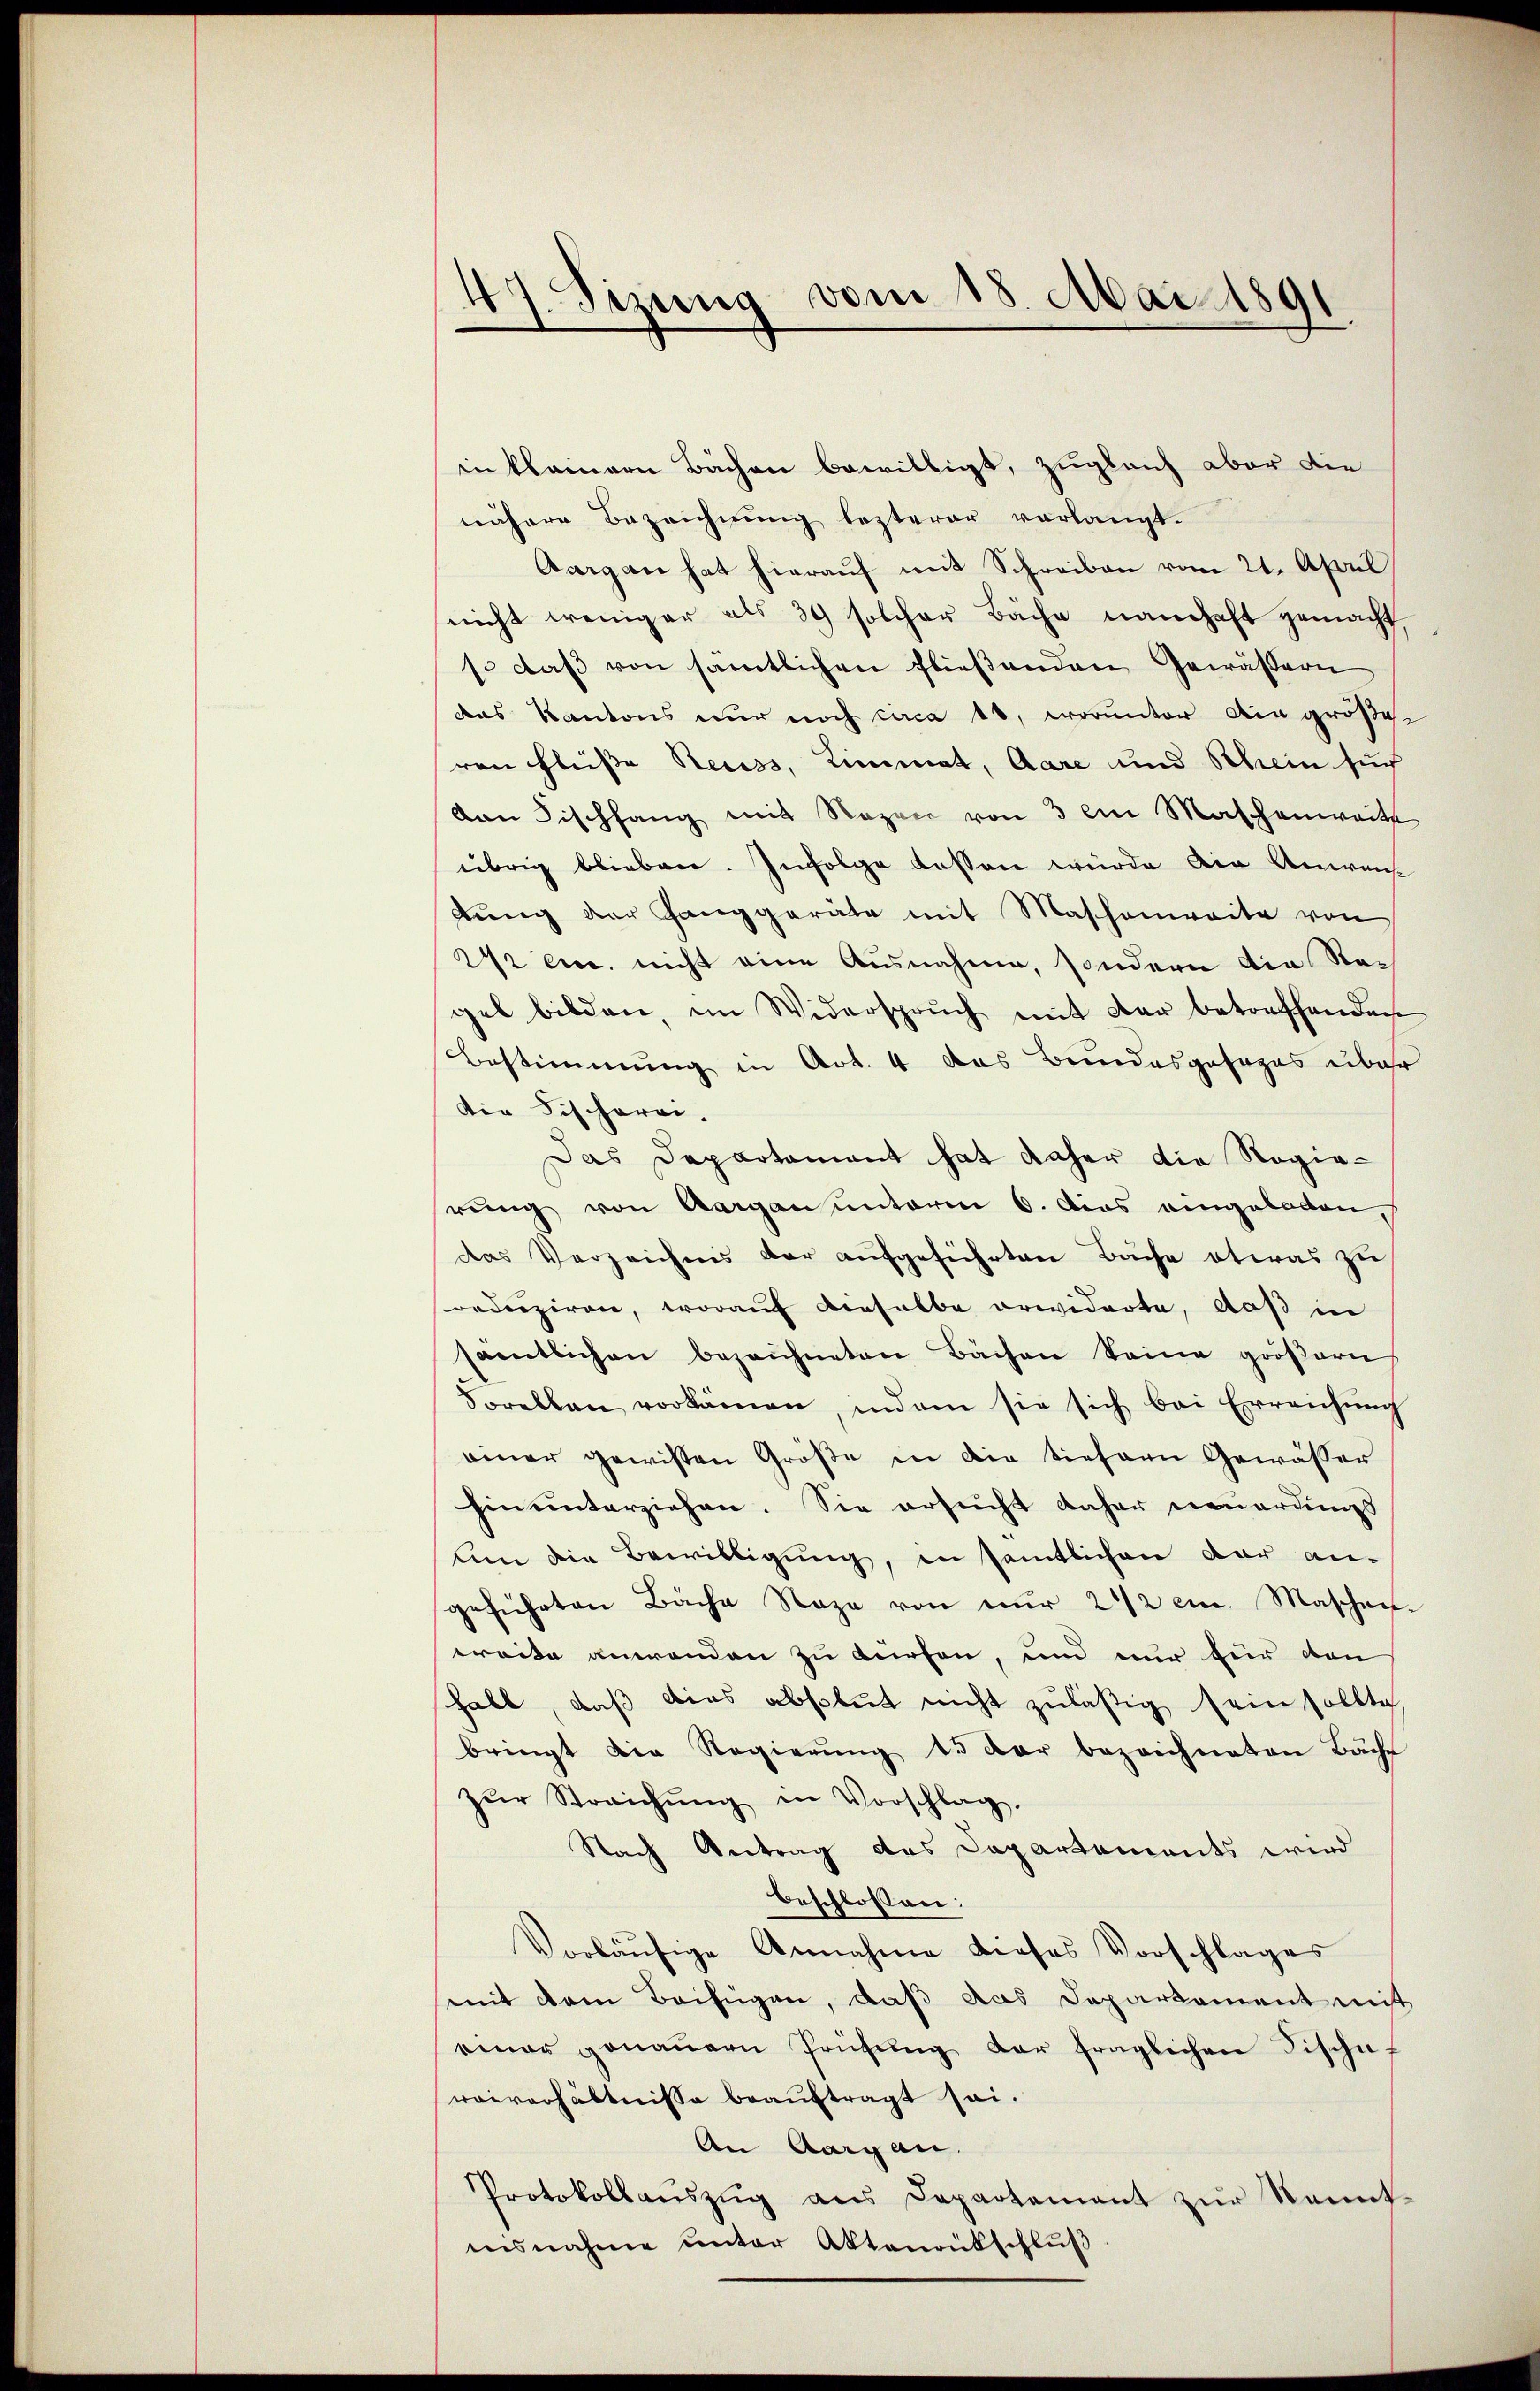
47. Sizung vom 18. Mai 1891.

in kleinern Bächen bewilligt, zugleich aber die
nähere Bezeichnung lezterer verlangt.
Aargau hat hierauf mit Schreiben vom 21. April
nicht weniger als 39 solcher Bäche namhaft gemacht,
so daβ von sämtlichen fließenden Gewässern
das Kantons nur noch circa 10, worunter die größeren Fleiße Reuss, Limmat, Aare und Schein such
an Fischhang mit Regen von 3 an Maschenweite
übrig blieben. Infolge dessen würde die Anwen
dung der Ganggeräte mit Maschenweite von
22 cm. nicht eine Ausnahme, sondern die Regel bilden, im Widerspruch mit der betreffenden
Bestimmung in Art. 4 das Bundesgesages über
den Fischerei.
Das Departament hat daher die Regierung von Aargau unterm 6. dies eingeladen,
das Verzeichnis der aufgeführten Bache etwas zu
orduziren, worauf derselbe erwiderte, daß in
samtlichen bezeichneten Bächen keine gröβern
Sorellen vorkämen, indem sie sich bei Erreichŭng
einer gewissen Größe in die tiefern Gewässer
hinunterziehen. Sie ersucht daher neuerungs
Um die Bewilligung, in sämtlichen dar angeführten Bäche Naza von nur 2 1/2 cm. Maschen.
wreite anwenden zu dürfen, und nur für den
habt, daß dies absolut nicht zuläßig sein sollte,
bringt die Regierŭng 15 der bezeichneten Bäche
zŭr Streichŭng in Vorschlag.
Nach Antrag des Departements wird
beschlossen:
Vorläŭfige Annahme dieses Vorschlages
mit dem Beifügen, daß das Departement mit
einer genauern Prüfung der fraglichen Fischeweiverhältnisse beauftragt sei.
An Aargau.
Protokollaŭszŭg ans Departement zŭr Kennt-
insnahme unter Aktenantschluß